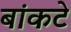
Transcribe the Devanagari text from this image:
बांकटे